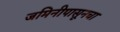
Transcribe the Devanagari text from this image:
जमिनीपासूनचा